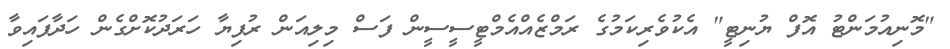
"މޮނިއުމަންޓު އޮފް ޔުނިޓީ" އެކުވެރިކަމުގެ ރަމްޒެއްއެމްޓީސީސީން ފަސް މިލިއަން ރުފިޔާ ހަރަދުކޮށްގެން ހަދާފައިވާ